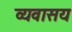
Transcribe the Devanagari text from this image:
व्यवासय